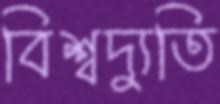
বিশ্বদ্যুতি